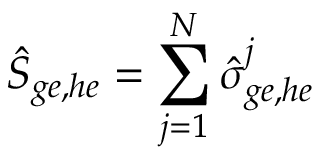
\hat { S } _ { g e , h e } = \sum _ { j = 1 } ^ { N } \hat { \sigma } _ { g e , h e } ^ { j }